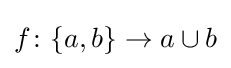
f\colon \{a,b\}\to a\cup b